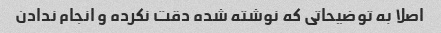
اصلا به توضیحاتی که نوشته شده دقت نکرده و انجام ندادن